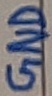
Text: GND